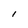
Character: l